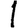
Digit: 1